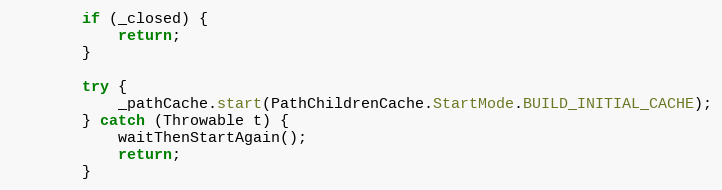
Language: Java
        if (_closed) {
            return;
        }

        try {
            _pathCache.start(PathChildrenCache.StartMode.BUILD_INITIAL_CACHE);
        } catch (Throwable t) {
            waitThenStartAgain();
            return;
        }